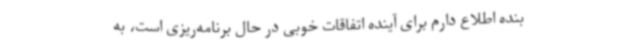
بنده اطلاع دارم برای آینده اتفاقات خوبی در حال برنامه‌ریزی است، به